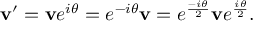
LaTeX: \mathbf { v } ^ { \prime } = \mathbf { v } e ^ { i \theta } = e ^ { - i \theta } \mathbf { v } = e ^ { \frac { - i \theta } { 2 } } \mathbf { v } e ^ { \frac { i \theta } { 2 } } .